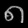
Digit: ၈